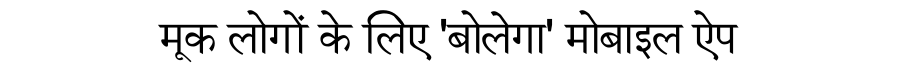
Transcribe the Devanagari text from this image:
मूक लोगों के लिए 'बोलेगा' मोबाइल ऐप